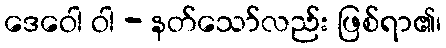
ဒေဝေါ ဝါ - နတ်သော်လည်း ဖြစ်ရာ၏၊